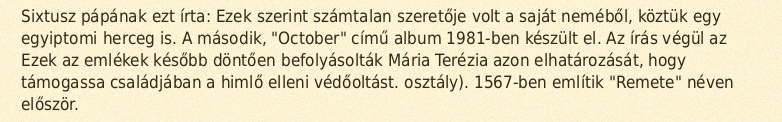
Sixtusz pápának ezt írta: Ezek szerint számtalan szeretője volt a saját neméből, köztük egy egyiptomi herceg is. A második, "October" című album 1981-ben készült el. Az írás végül az Ezek az emlékek később döntően befolyásolták Mária Terézia azon elhatározását, hogy támogassa családjában a himlő elleni védőoltást. osztály). 1567-ben említik "Remete" néven először.